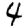
Digit: 4